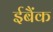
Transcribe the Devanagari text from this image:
ईबैंक